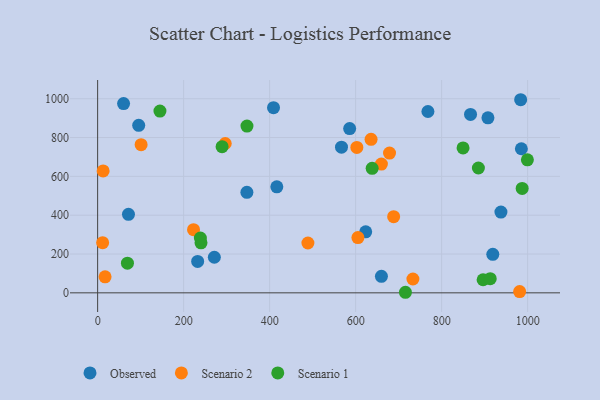
{"axis": {"x": "Investment", "y": "Fuel Efficiency"}, "legend": ["Observed", "Scenario 1", "Scenario 2"], "data": [{"x": "71.7", "y": 404.6, "type": "Observed"}, {"x": "567.1", "y": 750.5, "type": "Observed"}, {"x": "867.2", "y": 919.4, "type": "Observed"}, {"x": "660.0", "y": 85.3, "type": "Observed"}, {"x": "347.1", "y": 518.0, "type": "Observed"}, {"x": "409.0", "y": 954.0, "type": "Observed"}, {"x": "95.5", "y": 863.2, "type": "Observed"}, {"x": "232.6", "y": 162.0, "type": "Observed"}, {"x": "907.7", "y": 901.6, "type": "Observed"}, {"x": "623.4", "y": 314.5, "type": "Observed"}, {"x": "919.0", "y": 198.5, "type": "Observed"}, {"x": "937.9", "y": 416.0, "type": "Observed"}, {"x": "60.3", "y": 975.0, "type": "Observed"}, {"x": "416.7", "y": 546.4, "type": "Observed"}, {"x": "586.1", "y": 846.2, "type": "Observed"}, {"x": "271.4", "y": 183.3, "type": "Observed"}, {"x": "983.8", "y": 994.9, "type": "Observed"}, {"x": "985.4", "y": 742.3, "type": "Observed"}, {"x": "768.1", "y": 934.3, "type": "Observed"}, {"x": "659.9", "y": 663.5, "type": "Scenario 2"}, {"x": "11.6", "y": 258.4, "type": "Scenario 2"}, {"x": "296.7", "y": 769.5, "type": "Scenario 2"}, {"x": "688.4", "y": 392.2, "type": "Scenario 2"}, {"x": "733.2", "y": 71.3, "type": "Scenario 2"}, {"x": "602.8", "y": 749.1, "type": "Scenario 2"}, {"x": "605.3", "y": 284.9, "type": "Scenario 2"}, {"x": "17.3", "y": 82.3, "type": "Scenario 2"}, {"x": "489.0", "y": 256.8, "type": "Scenario 2"}, {"x": "12.8", "y": 628.1, "type": "Scenario 2"}, {"x": "981.4", "y": 6.5, "type": "Scenario 2"}, {"x": "678.8", "y": 719.9, "type": "Scenario 2"}, {"x": "635.9", "y": 790.9, "type": "Scenario 2"}, {"x": "223.0", "y": 325.5, "type": "Scenario 2"}, {"x": "101.1", "y": 763.2, "type": "Scenario 2"}, {"x": "849.8", "y": 746.7, "type": "Scenario 1"}, {"x": "715.8", "y": 2.9, "type": "Scenario 1"}, {"x": "885.5", "y": 643.2, "type": "Scenario 1"}, {"x": "69.3", "y": 153.0, "type": "Scenario 1"}, {"x": "240.4", "y": 257.8, "type": "Scenario 1"}, {"x": "638.4", "y": 641.6, "type": "Scenario 1"}, {"x": "238.9", "y": 282.2, "type": "Scenario 1"}, {"x": "896.4", "y": 67.5, "type": "Scenario 1"}, {"x": "289.4", "y": 752.8, "type": "Scenario 1"}, {"x": "987.3", "y": 537.8, "type": "Scenario 1"}, {"x": "913.0", "y": 73.0, "type": "Scenario 1"}, {"x": "999.4", "y": 685.3, "type": "Scenario 1"}, {"x": "347.3", "y": 859.1, "type": "Scenario 1"}, {"x": "144.9", "y": 936.4, "type": "Scenario 1"}]}